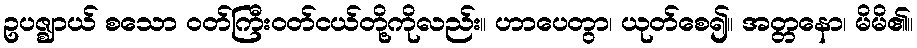
ဥပဇ္ဈာယ် စသော ဝတ်ကြီးဝတ်ငယ်တို့ကိုလည်း။ ဟာပေတွာ၊ ယုတ်စေ၍။ အတ္တနော၊ မိမိ၏။